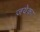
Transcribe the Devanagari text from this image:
जयेका